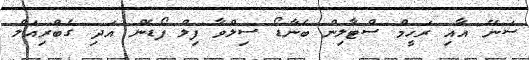
ސަނޭ އާއި ރަހީމް ސްޓާލިން ބެނާޑޯ ސިލްވާ ފިލް ފޯޑެން އަދި ގެބްރިއަލް